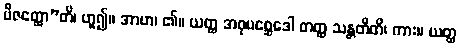
ဗီဇတ္ထော”တိ၊ ဟူ၍။ အာဟ၊ ၏။ ယတ္ထ အဝုပစ္ဆေဒေါ တတ္ထ သန္တတီတိ၊ ကား။ ယတ္ထ